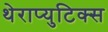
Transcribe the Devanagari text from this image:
थेराप्युटिक्स